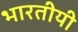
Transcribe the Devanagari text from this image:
भारतीयी